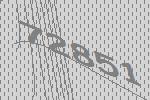
72851